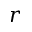
r